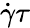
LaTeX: \dot{\gamma}\tau